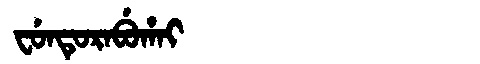
Manchu: ᠸᡠᠨᡨᡠᡵᠠᠪᡠᡥᠠᡳ
Romanization: FUNTURABUHAI